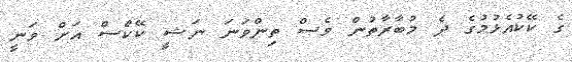
ގެ ކޭކުއެޅުމުގެ ދެ މުބާރާތުން ވެސް ތިންވަނަ ނަޝީ ކޭކްސް އަށް ވަނީ